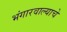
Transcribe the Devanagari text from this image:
भंगारवाल्याचे